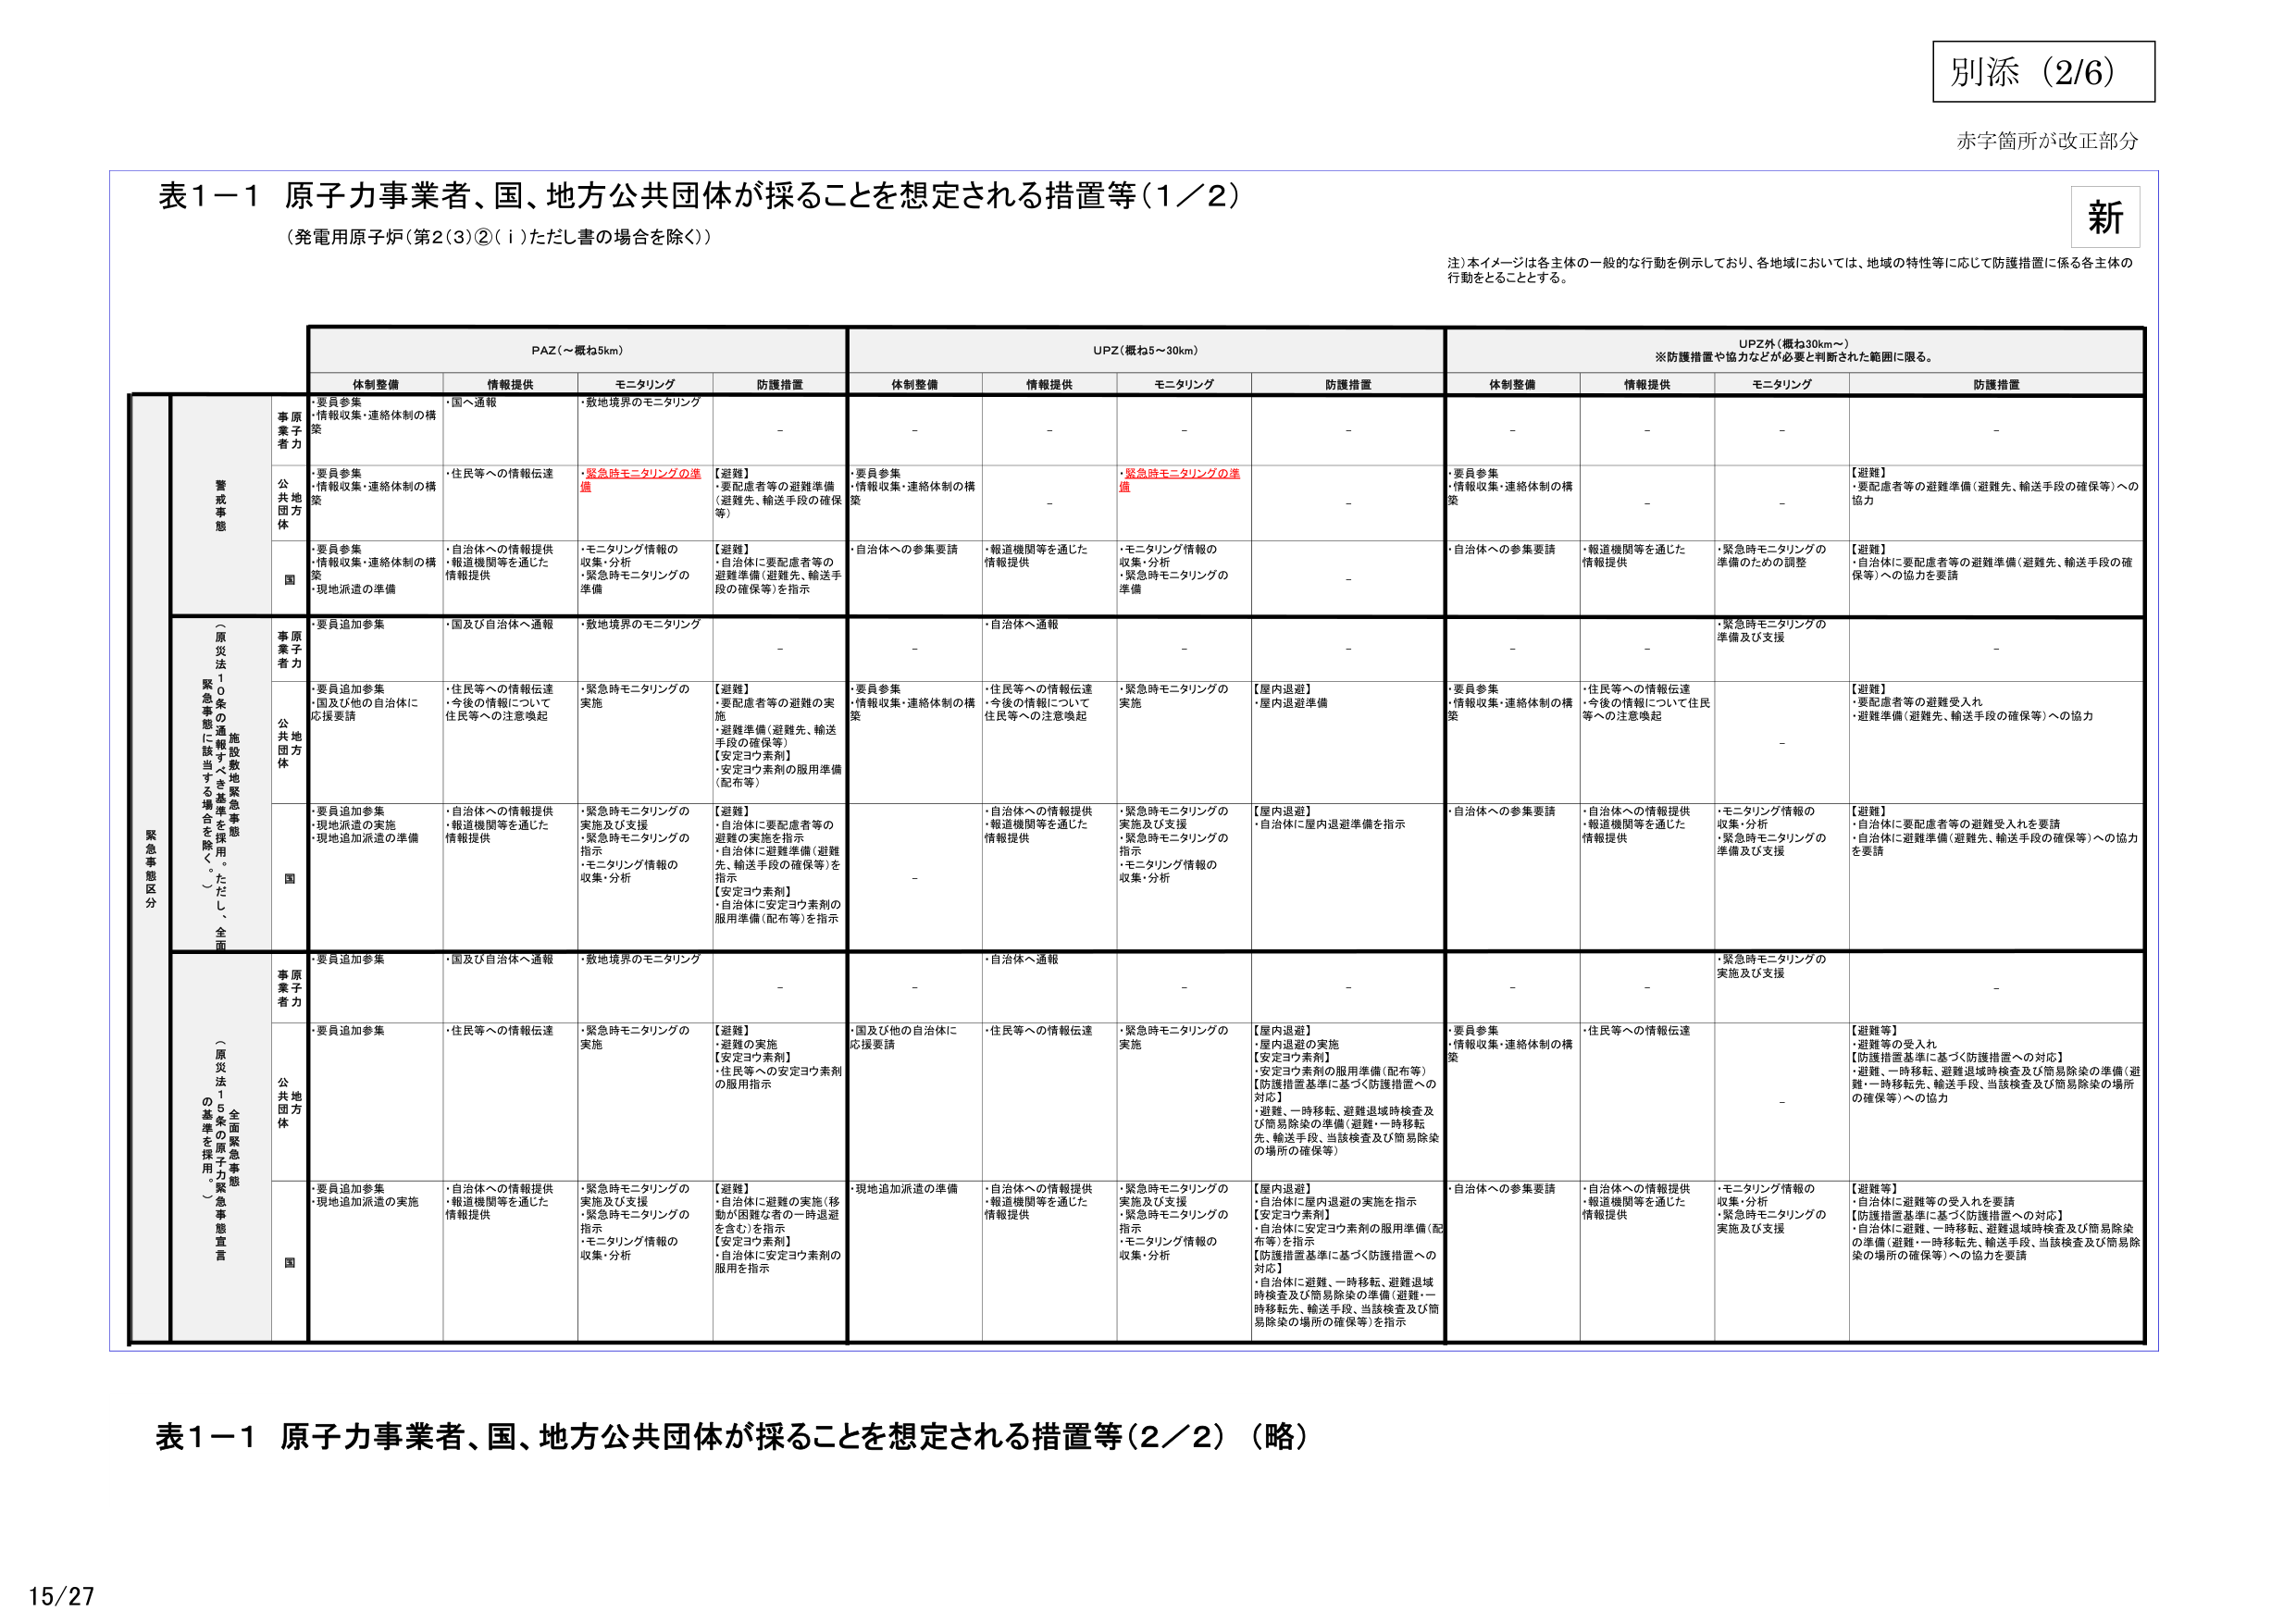
別添（2/6）
赤字箇所が改正部分

表1－1 原子力事業者、国、地方公共団体が採ることを想定される措置等（1／2）
（発電用原子炉（第2（3）②（ⅰ）ただし書の場合を除く））

注）本イメージは各主体の一般的な行動を例示しており、各地域においては、地域の特性等に応じて防護措置に係る各主体の行動をとることとする。

PAZ（～概ね5km）
UPZ（概ね5～30km）
UPZ外（概ね30km～）
※防護措置や協力などが必要と判断された範囲に限る。

体制整備　情報提供　モニタリング　防護措置
体制整備　情報提供　モニタリング　防護措置
体制整備　情報提供　モニタリング　防護措置

緊急事態区分
警戒事態
（原子力災害対策特別措置法第10条の2第1項に規定する警戒事態に該当する場合を除く。ただし、全面緊急事態に該当する場合を除く。）

事原業子者力
・要員参集
・情報収集・連絡体制の構築
・国へ通報
・敷地境界のモニタリング
－
－
－
－
－
－
－
－

公共団体
・要員参集
・情報収集・連絡体制の構築
・住民等への情報伝達
・緊急時モニタリングの準備
【避難】
・要配慮者等の避難準備（避難先、輸送手段の確保等）
・要員参集
・情報収集・連絡体制の構築
－
・緊急時モニタリングの準備
－
・要員参集
・情報収集・連絡体制の構築
－
－
【避難】
・要配慮者等の避難準備（避難先、輸送手段の確保等）への協力

国
・要員参集
・情報収集・連絡体制の構築
・現地派遣の準備
・自治体への情報提供
・報道機関等を通じた情報提供
・モニタリング情報の収集・分析
・緊急時モニタリングの準備
【避難】
・自治体に要配慮者等の避難準備（避難先、輸送手段の確保等）を指示
・自治体への参集要請
・報道機関等を通じた情報提供
・モニタリング情報の収集・分析
・緊急時モニタリングの準備
－
・自治体への参集要請
・報道機関等を通じた情報提供
・緊急時モニタリングの準備のための調整
【避難】
・自治体に要配慮者等の避難準備（避難先、輸送手段の確保等）への協力を要請

緊急事態
（原子力災害対策特別措置法第10条の2第1項に規定する緊急事態に該当する場合を除く。ただし、全面緊急事態に該当する場合を除く。）

事原業子者力
・要員追加参集
・国及び自治体へ通報
・敷地境界のモニタリング
－
－
・自治体へ通報
－
－
－
－
・緊急時モニタリングの準備及び支援
－

公共団体
・要員追加参集
・国及び他の自治体に応援要請
・住民等への情報伝達
・今後の情報について住民等への注意喚起
・緊急時モニタリングの実施
【避難】
・要配慮者等の避難の実施
・避難準備（避難先、輸送手段の確保等）
【安定ヨウ素剤】
・安定ヨウ素剤の服用準備（配布等）
・要員参集
・情報収集・連絡体制の構築
・住民等への情報伝達
・今後の情報について住民等への注意喚起
・緊急時モニタリングの実施
【屋内退避】
・屋内退避準備
・要員参集
・情報収集・連絡体制の構築
・住民等への情報伝達
・今後の情報について住民等への注意喚起
－
【避難】
・要配慮者等の避難受入れ
・避難準備（避難先、輸送手段の確保等）への協力

国
・要員追加参集
・現地派遣の実施
・現地追加派遣の準備
・自治体への情報提供
・報道機関等を通じた情報提供
・緊急時モニタリングの実施及び支援
・緊急時モニタリングの指示
・モニタリング情報の収集・分析
【避難】
・自治体に要配慮者等の避難の実施を指示
・自治体に避難準備（避難先、輸送手段の確保等）を指示
【安定ヨウ素剤】
・自治体に安定ヨウ素剤の服用準備（配布等）を指示
－
・自治体への情報提供
・報道機関等を通じた情報提供
・緊急時モニタリングの実施及び支援
・緊急時モニタリングの指示
・モニタリング情報の収集・分析
【屋内退避】
・自治体に屋内退避準備を指示
・自治体への参集要請
・自治体への情報提供
・報道機関等を通じた情報提供
・モニタリング情報の収集・分析
・緊急時モニタリングの準備及び支援
【避難】
・自治体に要配慮者等の避難受入れを要請
・自治体に避難準備（避難先、輸送手段の確保等）への協力を要請

全面緊急事態
（原子力災害対策特別措置法第10条の2第1項に規定する全面緊急事態に該当する場合を除く。）

事原業子者力
・要員追加参集
・国及び自治体へ通報
・敷地境界のモニタリング
－
－
・自治体へ通報
－
－
－
－
・緊急時モニタリングの実施及び支援
－

公共団体
・要員追加参集
・住民等への情報伝達
・緊急時モニタリングの実施
【避難】
・避難の実施
【安定ヨウ素剤】
・住民等への安定ヨウ素剤の服用指示
・国及び他の自治体に応援要請
・住民等への情報伝達
・緊急時モニタリングの実施
【屋内退避】
・屋内退避の実施
【安定ヨウ素剤】
・安定ヨウ素剤の服用準備（配布等）
【防護措置基準に基づく防護措置への対応】
・避難、一時移転、避難退域時検査及び簡易除染の準備（避難、一時移転、輸送手段、当該検査及び簡易除染の場所の確保等）
・要員参集
・情報収集・連絡体制の構築
・住民等への情報伝達
－
【避難等】
・避難等の受入れ
【防護措置基準に基づく防護措置への対応】
・避難、一時移転、避難退域時検査及び簡易除染の準備（避難、一時移転、輸送手段、当該検査及び簡易除染の場所の確保等）への協力

国
・要員追加参集
・現地追加派遣の実施
・自治体への情報提供
・報道機関等を通じた情報提供
・緊急時モニタリングの実施及び支援
・緊急時モニタリングの指示
・モニタリング情報の収集・分析
【避難】
・自治体に避難の実施（移動が困難な者の一時退避を含む）を指示
【安定ヨウ素剤】
・自治体に安定ヨウ素剤の服用を指示
・現地追加派遣の準備
・自治体への情報提供
・報道機関等を通じた情報提供
・緊急時モニタリングの実施及び支援
・緊急時モニタリングの指示
・モニタリング情報の収集・分析
【屋内退避】
・自治体に屋内退避の実施を指示
【安定ヨウ素剤】
・自治体に安定ヨウ素剤の服用準備（配布等）を指示
【防護措置基準に基づく防護措置への対応】
・自治体に避難、一時移転、避難退域時検査及び簡易除染の準備（避難、一時移転、輸送手段、当該検査及び簡易除染の場所の確保等）を指示
・自治体への参集要請
・自治体への情報提供
・報道機関等を通じた情報提供
・モニタリング情報の収集・分析
・緊急時モニタリングの実施及び支援
【避難等】
・自治体に避難等の受入れを要請
【防護措置基準に基づく防護措置への対応】
・自治体に避難、一時移転、避難退域時検査及び簡易除染の準備（避難、一時移転、輸送手段、当該検査及び簡易除染の場所の確保等）への協力を要請

表1－1 原子力事業者、国、地方公共団体が採ることを想定される措置等（2／2）（略）

15/27
新